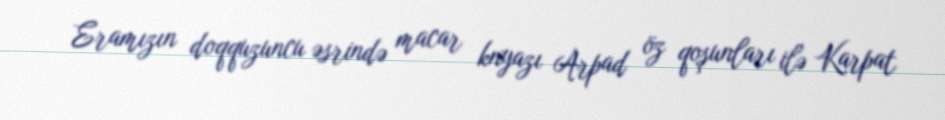
Eramızın doqquzuncu əsrində macar knyazı Arpad öz qoşunları ilə Karpat